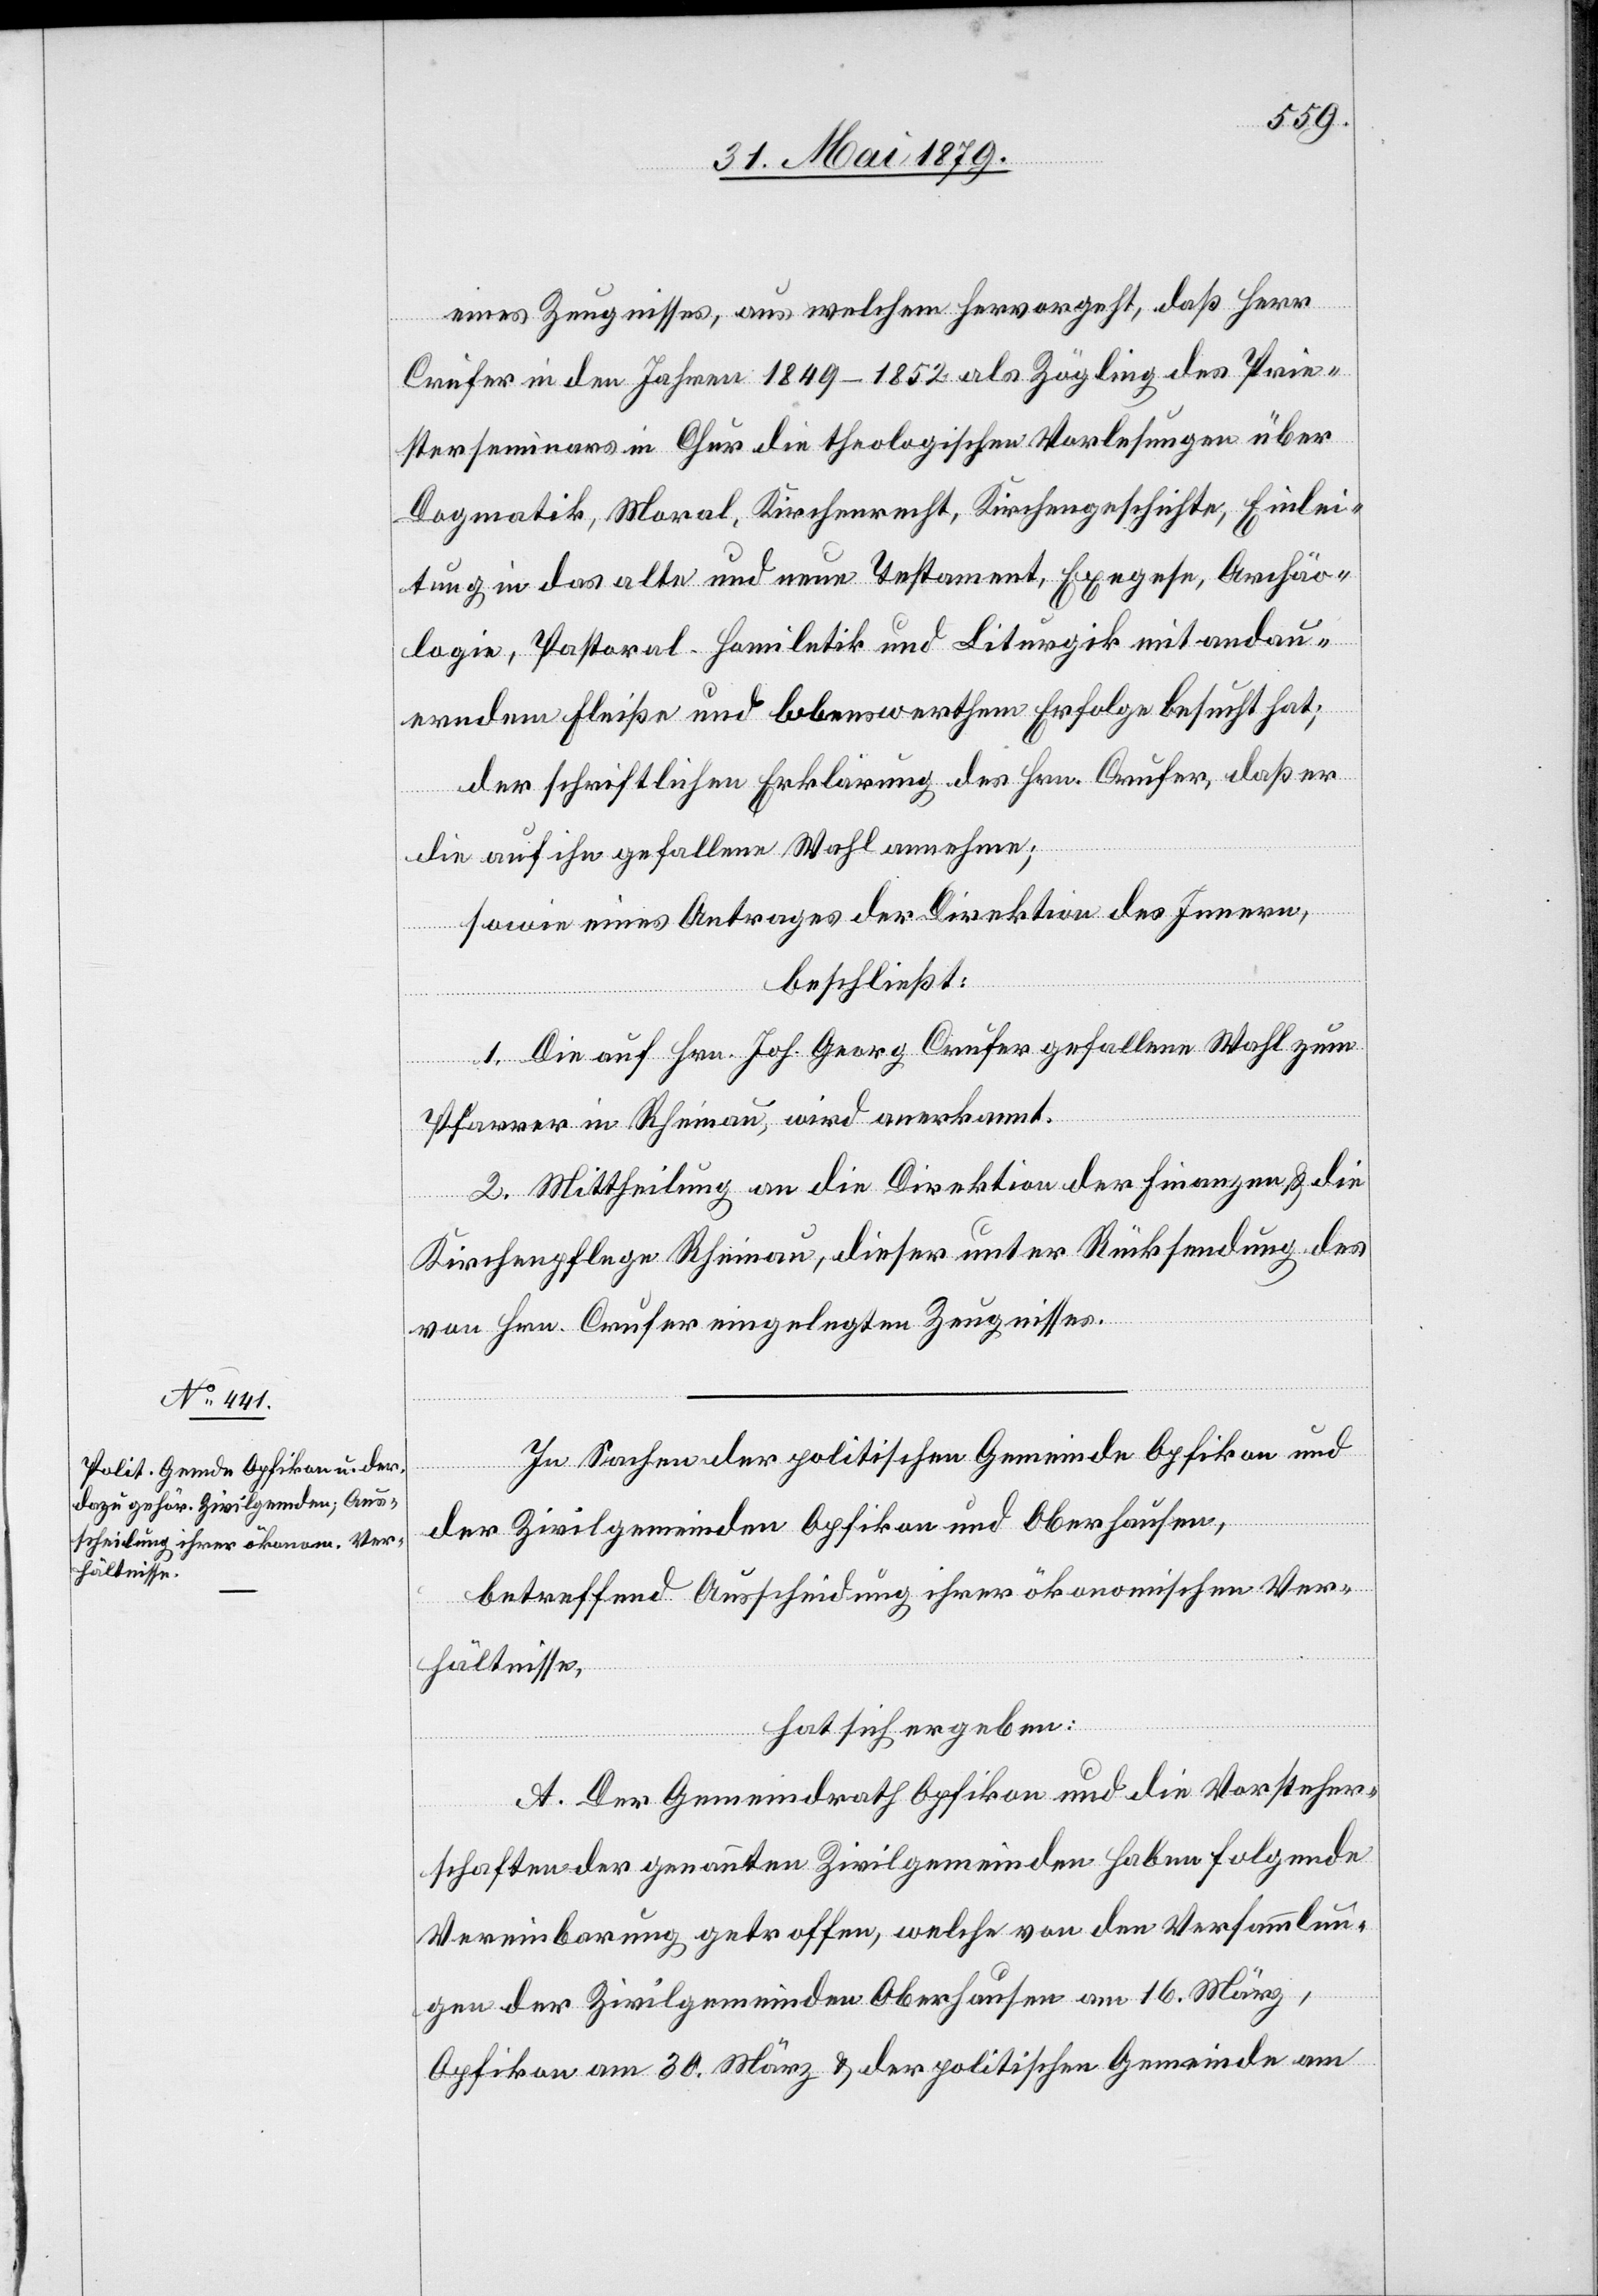
eines Zeugnisses, aus welchem hervorgeht, daß Herr
Crufer in den Jahren 1849–1852 als Zögling des Prie¬
sterseminars in Chur die theologischen Vorlesungen über
Dogmatik, Moral, Kirchenrecht, Kirchengeschichte, Einlei¬
tung in das alte und neue Testament, Exegese, Archäo¬
logie, Pastoral-Homiletik und Liturgik mit andau¬
erndem Fleiße und lobenswerthem Erfolge besucht hat;
der schriftlichen Erklärung des Hrn. Crufer, daß er
die auf ihn gefallene Wahl annehme;
sowie eines Antrages der Direktion des Innern,
beschließt:
1. Die auf Hrn. Joh. Georg Crufer gefallene Wahl zum
Pfarrer in Rheinau, wird anerkannt.
2. Mittheilung an die Direktion der Finanzen & die
Kirchenpflege Rheinau, dieser unter Rücksendung des
von Hrn. Crufer eingelegten Zeugnisses.
In Sachen der politischen Gemeinde Opfikon und
der Zivilgemeinden Opfikon und Oberhausen,
betreffend Ausscheidung ihrer ökonomischen Ver¬
hältnisse,
hat sich ergeben:
A. Der Gemeindrath Opfikon und die Vorsteher¬
schaften der genannten Zivilgemeinden haben folgende
Vereinbarung getroffen, welche von den Versammlun¬
gen der Zivilgemeinden Oberhausen am 16. März,
Opfikon am 30. März & der politischen Gemeinde am